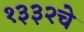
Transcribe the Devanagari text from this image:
१३३२चे